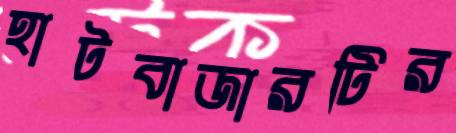
হাটবাজারটির